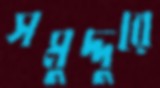
সমুদ্দুরে